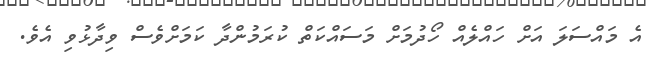
އެ މައްސަލަ އަށް ހައްލެއް ހޯދުމަށް މަސައްކަތް ކުރަމުންދާ ކަމަށްވެސް ވިދާޅުވި އެވެ.